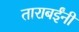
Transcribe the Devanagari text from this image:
ताराबईंनी